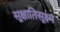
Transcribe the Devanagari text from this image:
सूक्षातिसूक्ष्म